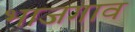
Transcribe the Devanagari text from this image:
भाजगाव